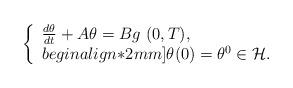
LaTeX: \begin{align*}\left\{\begin{array}{l}\frac{d \theta}{dt} +A \theta=B g \ (0,T),\\begin{align*}2mm]\theta(0)=\theta^0\in \mathcal{H}.\end{array}\right.\end{align*}